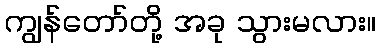
ကျွန်တော်တို့ အခု သွားမလား။